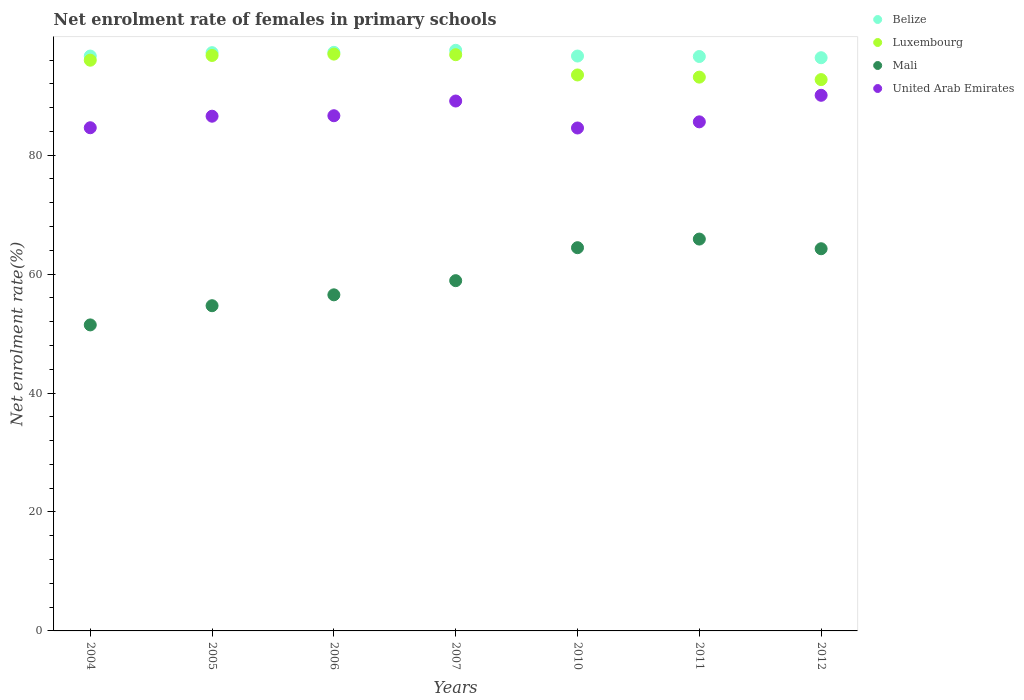
| Years | Belize | Luxembourg | Mali | United Arab Emirates |
 | --- | --- | --- | --- | --- |
 | 2004 | 96.7 | 96 | 51.5 | 84.6 |
 | 2005 | 97.2 | 96.8 | 54.7 | 86.6 |
 | 2006 | 97.3 | 97 | 56.5 | 86.6 |
 | 2007 | 97.6 | 96.9 | 58.9 | 89.1 |
 | 2010 | 96.7 | 93.5 | 64.4 | 84.6 |
 | 2011 | 96.6 | 93.1 | 65.9 | 85.6 |
 | 2012 | 96.4 | 92.7 | 64.3 | 90.1 |